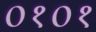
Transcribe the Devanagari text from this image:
०१०१